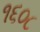
૧૬૦૮